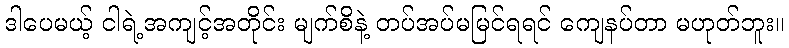
ဒါပေမယ့် ငါရဲ့အကျင့်အတိုင်း မျက်စိနဲ့ တပ်အပ်မမြင်ရရင် ကျေနပ်တာ မဟုတ်ဘူး။